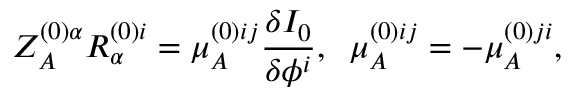
Z _ { A } ^ { ( 0 ) \alpha } R _ { \alpha } ^ { ( 0 ) i } = \mu _ { A } ^ { ( 0 ) i j } \frac { \delta I _ { 0 } } { \delta \phi ^ { i } } , \; \; \mu _ { A } ^ { ( 0 ) i j } = - \mu _ { A } ^ { ( 0 ) j i } ,